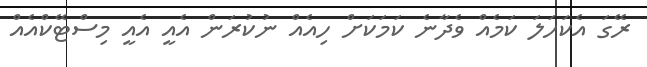
ރޭގަ އެކަހަލަ ކަމެއް ވެދާނެ ކަމަކަށް ހިއެއް ނުކުރަން އެއީ އެއީ މިސްޓޭކްއެއް